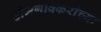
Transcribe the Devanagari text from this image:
डोमगावकरांच्या